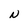
Character: N